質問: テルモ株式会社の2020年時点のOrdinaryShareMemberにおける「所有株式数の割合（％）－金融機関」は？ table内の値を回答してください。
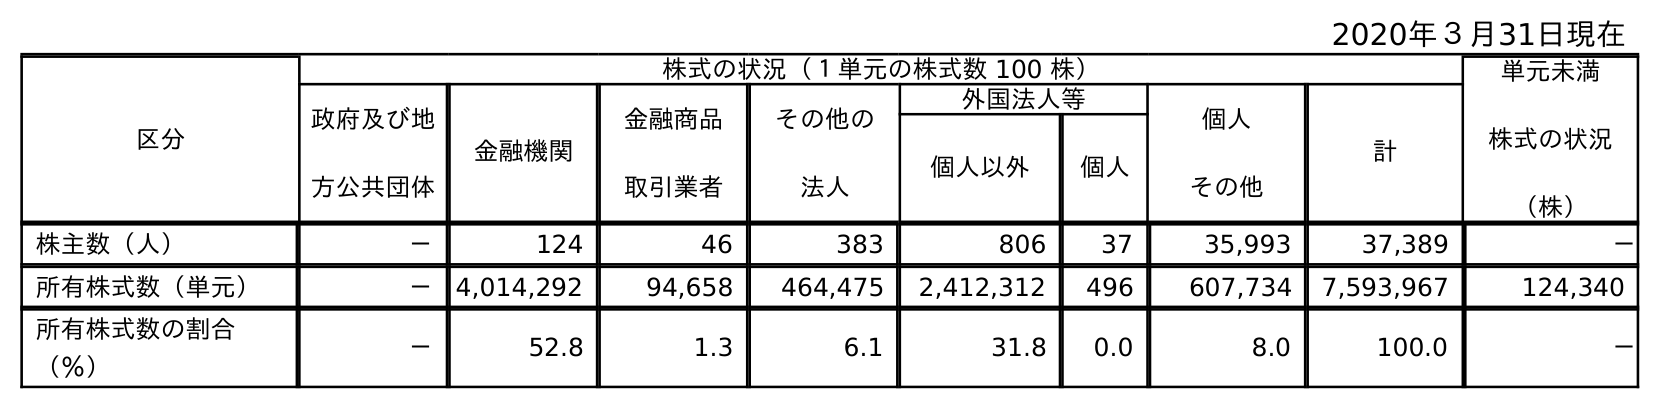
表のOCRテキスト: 2020年３月31日現在 区分 株式の状況（１単元の株式数 100 株） 単元未満 株式の状況 （株） 政府及び地 方公共団体 金融機関 金融商品 取引業者 その他の 法人 外国法人等 個人 その他 計 個人以外 個人 株主数（人） － 124 46 383 806 37 35,993 37,389 － 所有株式数（単元） － 4,014,292 94,658 464,475 2,412,312 496 607,734 7,593,967 124,340 所有株式数の割合 （％） － 52.8 1.3 6.1 31.8 0.0 8.0 100.0 －
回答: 52.8